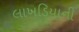
લાખડિયાની